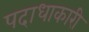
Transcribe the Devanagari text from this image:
पदाधाकारी